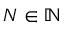
N \in \mathbb { N }